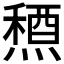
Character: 𥡤